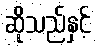
ဆိုသည်နှင့်